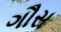
ગૌસ